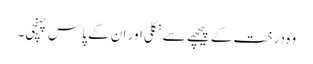
وہ درخت کے پیچھے سے نکلی اور ان کے پاس پہنچی۔